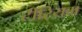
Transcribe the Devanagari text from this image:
टीरियम